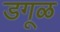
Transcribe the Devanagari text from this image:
डगूळ